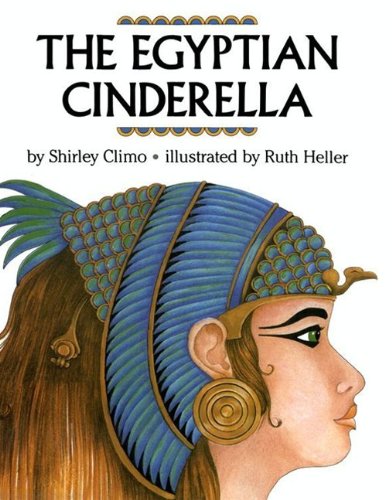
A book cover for The Egyptian Cinderella; Shirley Climo; Children's Books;